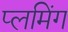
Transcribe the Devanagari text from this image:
प्लमिंग